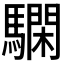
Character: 𩦃